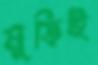
মুড়িই